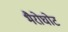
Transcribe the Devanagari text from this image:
भैरोघोट